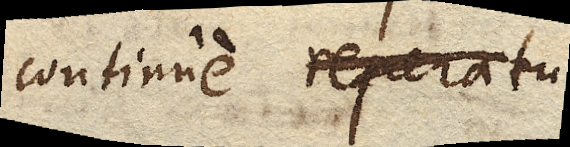
continue reparatu